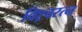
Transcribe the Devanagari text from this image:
विश्र्वरत्न